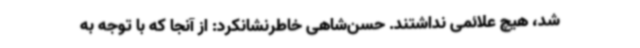
شد، هیچ علائمی نداشتند. حسن‌شاهی خاطرنشانکرد: از آنجا که با توجه به